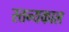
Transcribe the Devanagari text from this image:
स्तन्यकाल